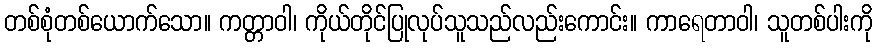
တစ်စုံတစ်ယောက်သော။ ကတ္တာဝါ၊ ကိုယ်တိုင်ပြုလုပ်သူသည်လည်းကောင်း။ ကာရေတာဝါ၊ သူတစ်ပါးကို